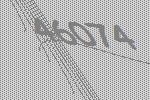
46074